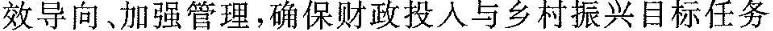
效导向、加强管理，确保财政投入与乡村振兴目标任务